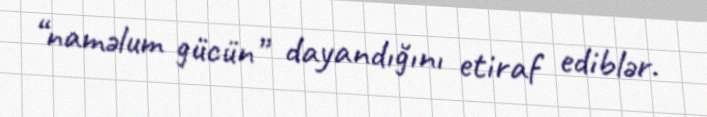
“naməlum gücün” dayandığını etiraf ediblər.